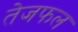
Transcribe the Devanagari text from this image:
तेजफल